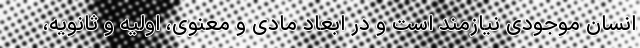
انسان موجودی نیازمند است و در ابعاد مادی و معنوی، اولیه و ثانویه،